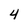
Character: 4